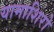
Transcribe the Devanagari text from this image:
यामाशिरो